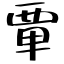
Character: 𫟛